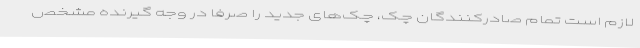
لازم است تمام صادرکنندگان چک، چک‌های جدید را صرفاً در وجه گیرنده مشخص